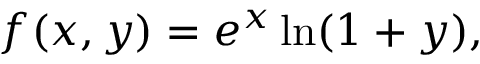
f ( x , y ) = e ^ { x } \ln ( 1 + y ) ,